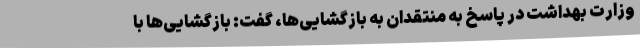
وزارت بهداشت در پاسخ به منتقدان به بازگشایی‌ها، گفت: بازگشایی‌ها با